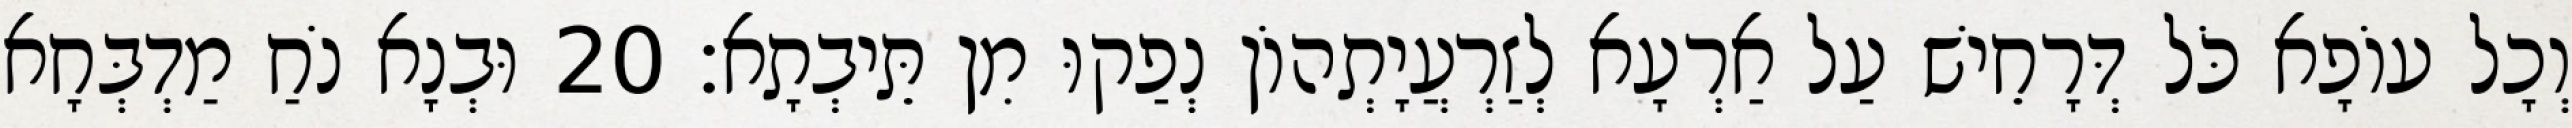
וְכָל עוֹפָא כֹּל דְּרָחֵישׁ עַל אַרְעָא לְזַרְעֲיָתְהוֹן נְפַקוּ מִן תֵּיבְתָא׃ 20 וּבְנָא נֹחַ מַדְבְּחָא